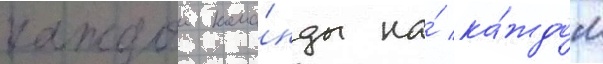
каждои кома́нды на́ ка́ждом